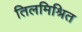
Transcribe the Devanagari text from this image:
तिलमिश्रित